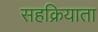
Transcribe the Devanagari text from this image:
सहक्रियाता